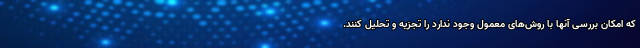
که امکان بررسی آنها با روش‌های معمول وجود ندارد را تجزیه و تحلیل کنند.